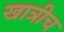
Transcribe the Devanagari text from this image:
खात्रीच